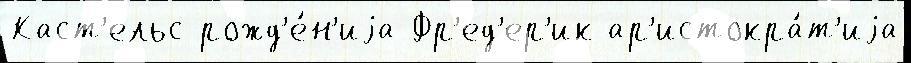
Каст'ельс рожд'е́н'иjа Фр'ед'ер'ик ар'истокра́т'иjа